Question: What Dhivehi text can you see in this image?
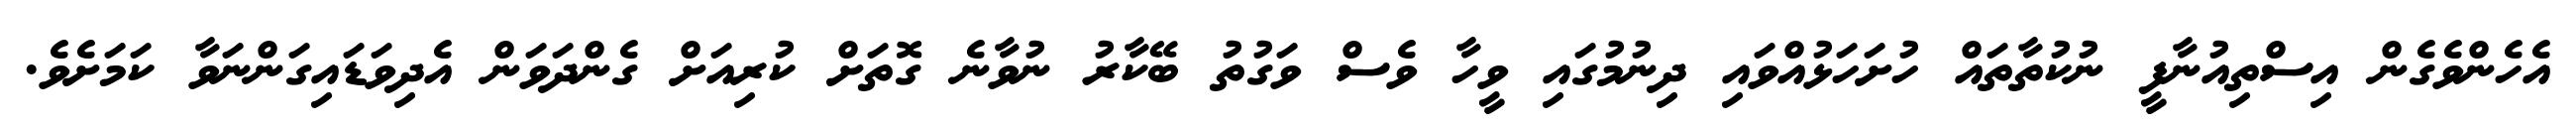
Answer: އެހެންވެގެން އިސްތިއުނާފީ ނުކުތާތައް ހުށަހަޅުއްވައި ދިނުމުގައި ވީހާ ވެސް ވަގުތު ބޭކާރު ނުވާނެ ގޮތަށް ކުރިއަށް ގެންދަވަން އެދިވަޑައިގަންނަވާ ކަމަށެވެ.